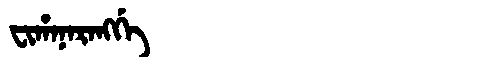
Manchu: ᠸᡳᡥᠠᠨᠠᡵᠠᠩᡤᡝ
Romanization: FIHANARANGGE